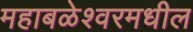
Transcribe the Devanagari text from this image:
महाबळेश्वरमधील